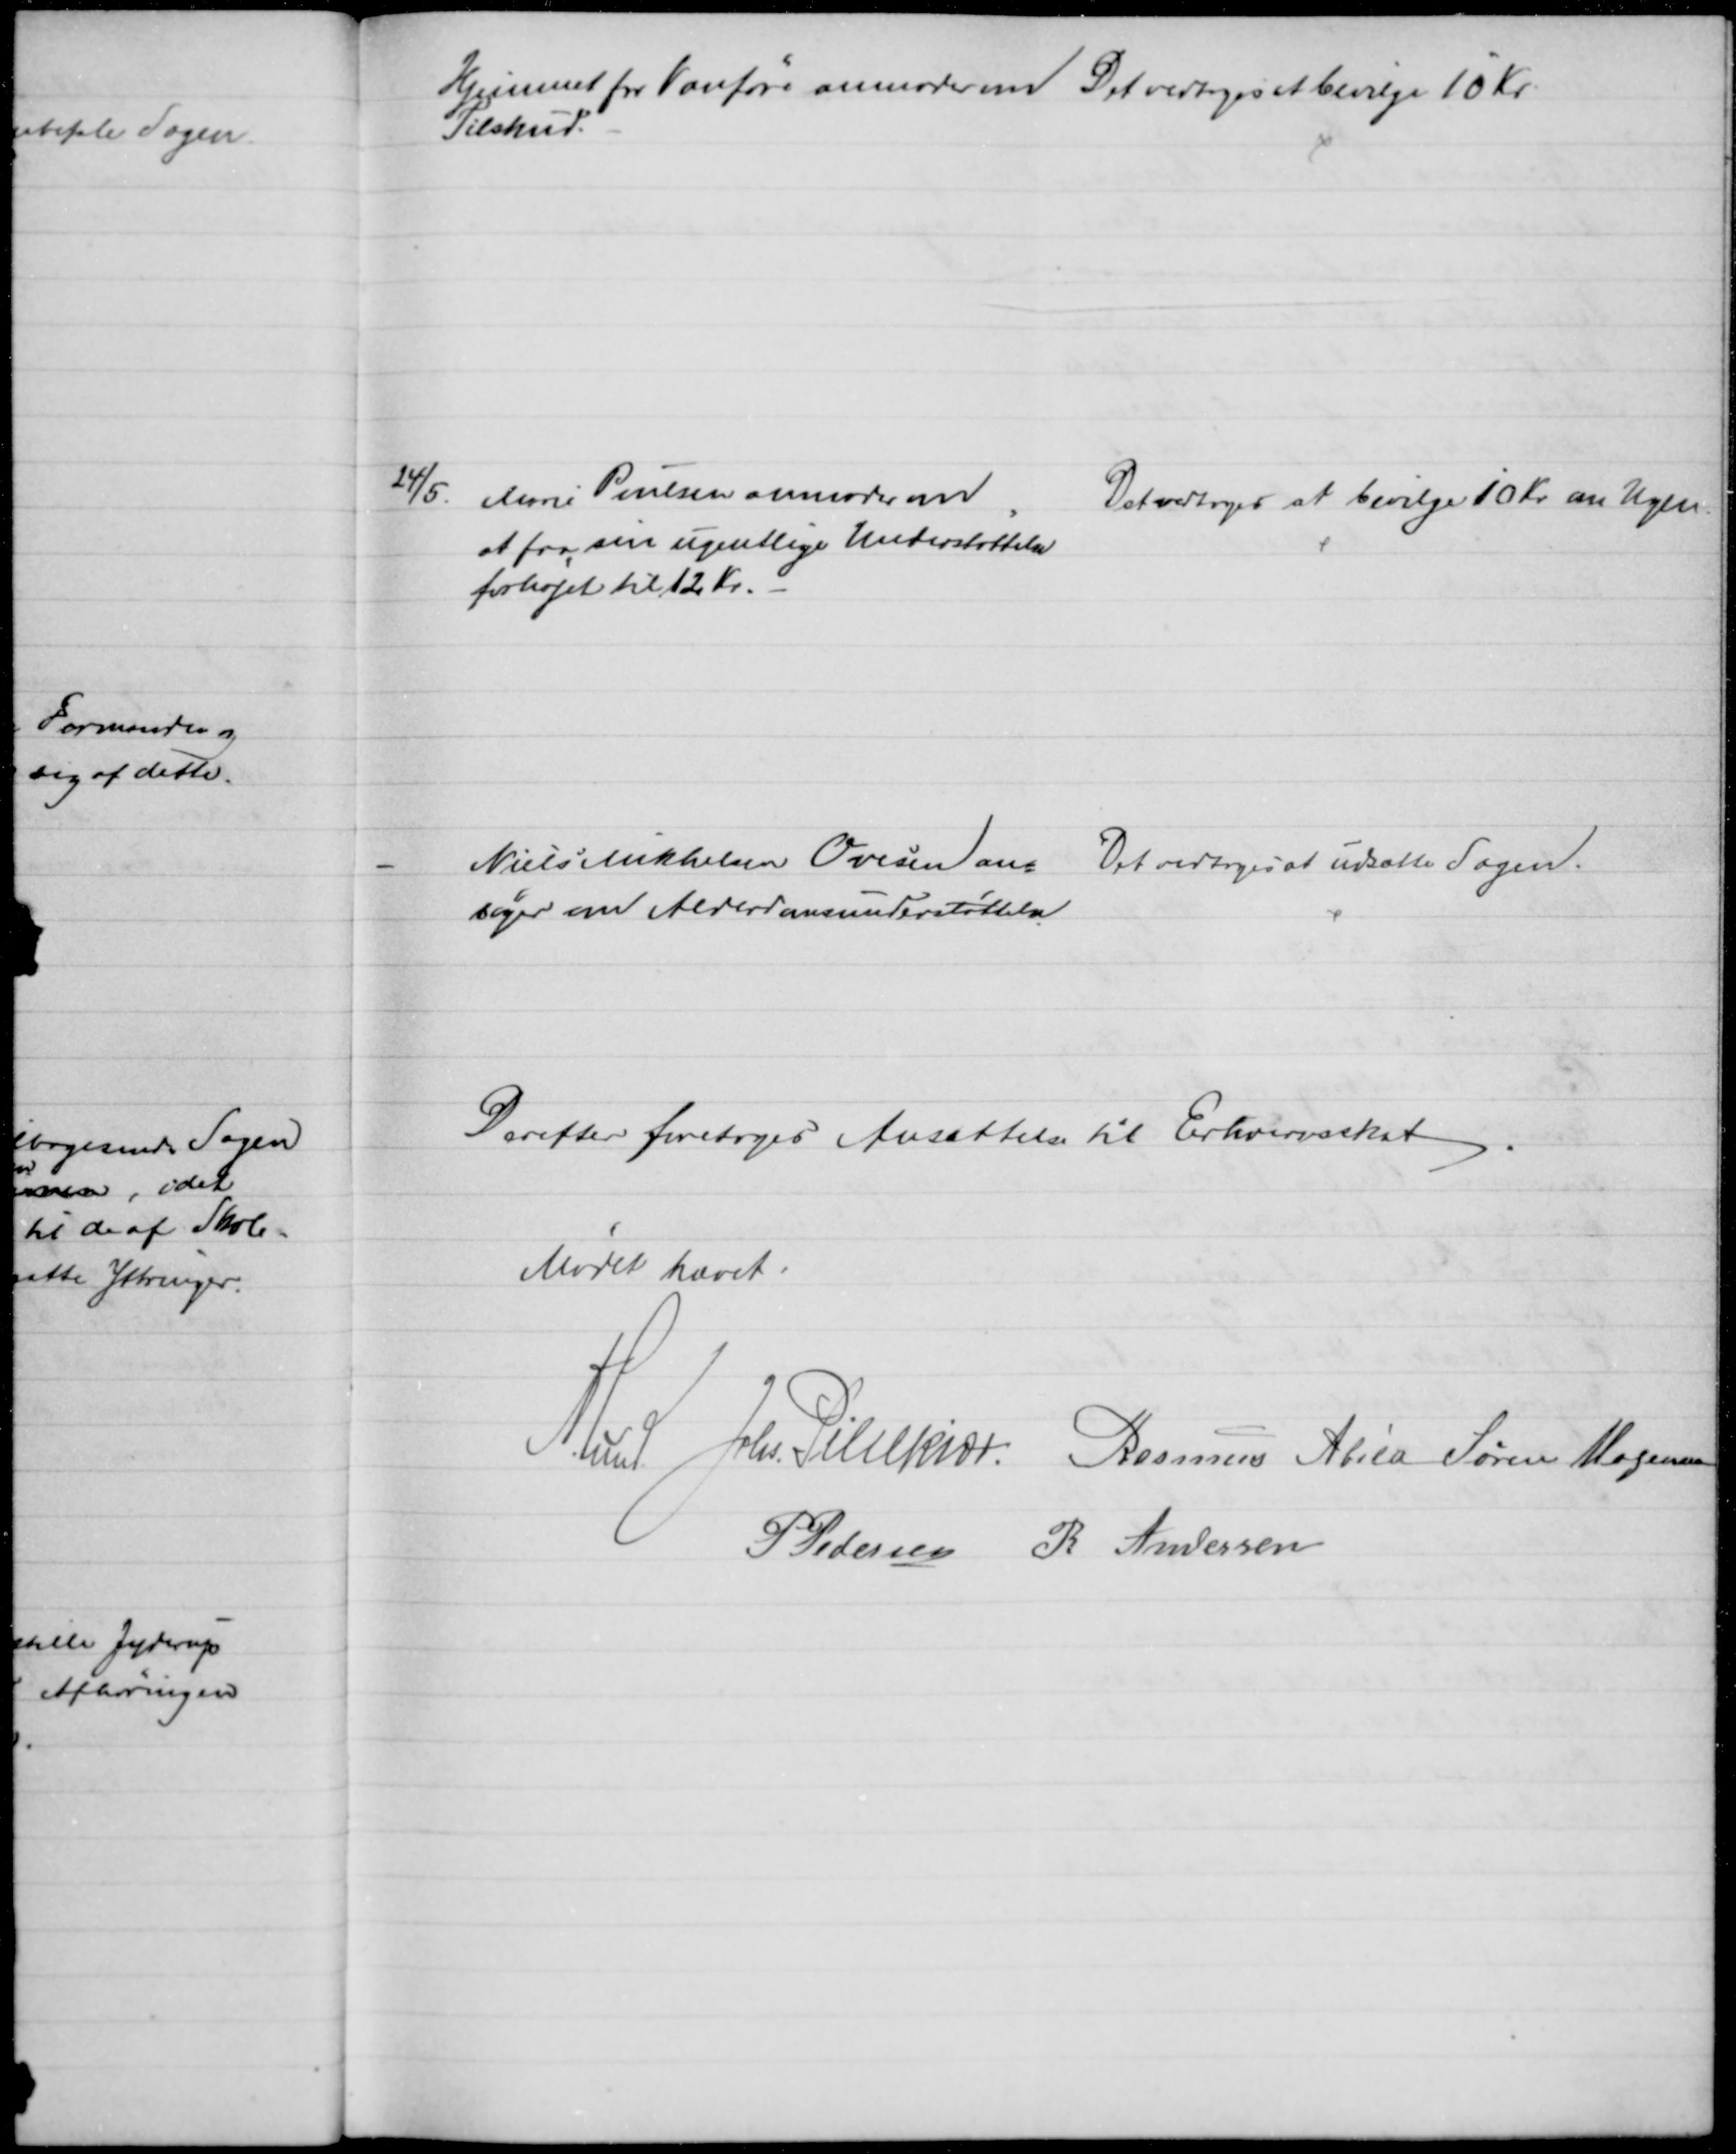
Transskription:
Hjemmet for Vanføre anmoder om
Tilskud.
Det vedtoges at bevilge 10 Kr.
24/5. Marie Poulsen anmoder om
at faa sin ugentlige Understøttelse
forhøjet til 12 Kr.
Det vedtoges at bevilge 10 Kr. om Ugen.
Niels Mikkelsen Ovesen an=
søger om Alderdomsunderstøttelse
Det vedtoges at udsætte Sagen.
Derefter foretoges Ansættelse til Erhvervsskat
Mødet hævet.
A. Lund Johs. Pihlkjær Rasmus Abild Søren Morgensen
P Pedersen
R. Andersen